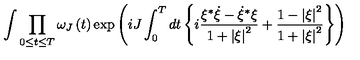
\int { \prod _ { 0 \le t \le T } { \omega _ { J } \left( t \right) } \exp \left( { i J \int _ { 0 } ^ { T } { d t \left\{ { i { \frac { \xi ^ { * } \dot { \xi } - { \dot { \xi } } ^ { * } \xi } { 1 + \left| \xi \right| ^ { 2 } } } + { \frac { 1 - \left| \xi \right| ^ { 2 } } { 1 + \left| \xi \right| ^ { 2 } } } } \right\} } } \right) }